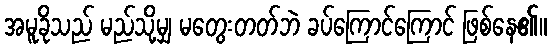
အမူခိုသည် မည်သို့မျှ မတွေးတတ်ဘဲ ခပ်ကြောင်ကြောင် ဖြစ်နေ၏။